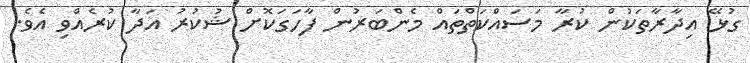
ގުޅޭ އިދާރާތަކުން ކުރާ މަސައްކަތްތައް މެންބަރުން ފާހަގަކޮށް ޝުކުރު އަދާ ކުރެއްވި އެވެ.